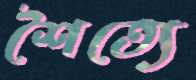
শৈত্যে